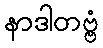
နာဒါတဗ္ဗံ